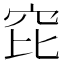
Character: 𥤻